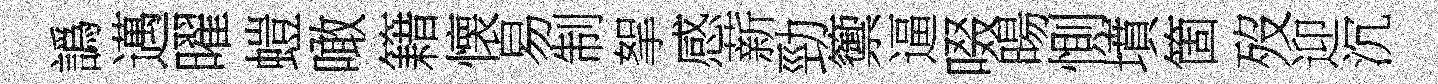
譌邁曜螘噉籍懐易制挐感薪勁籞逼啜暘惻墳箇歿迎沉